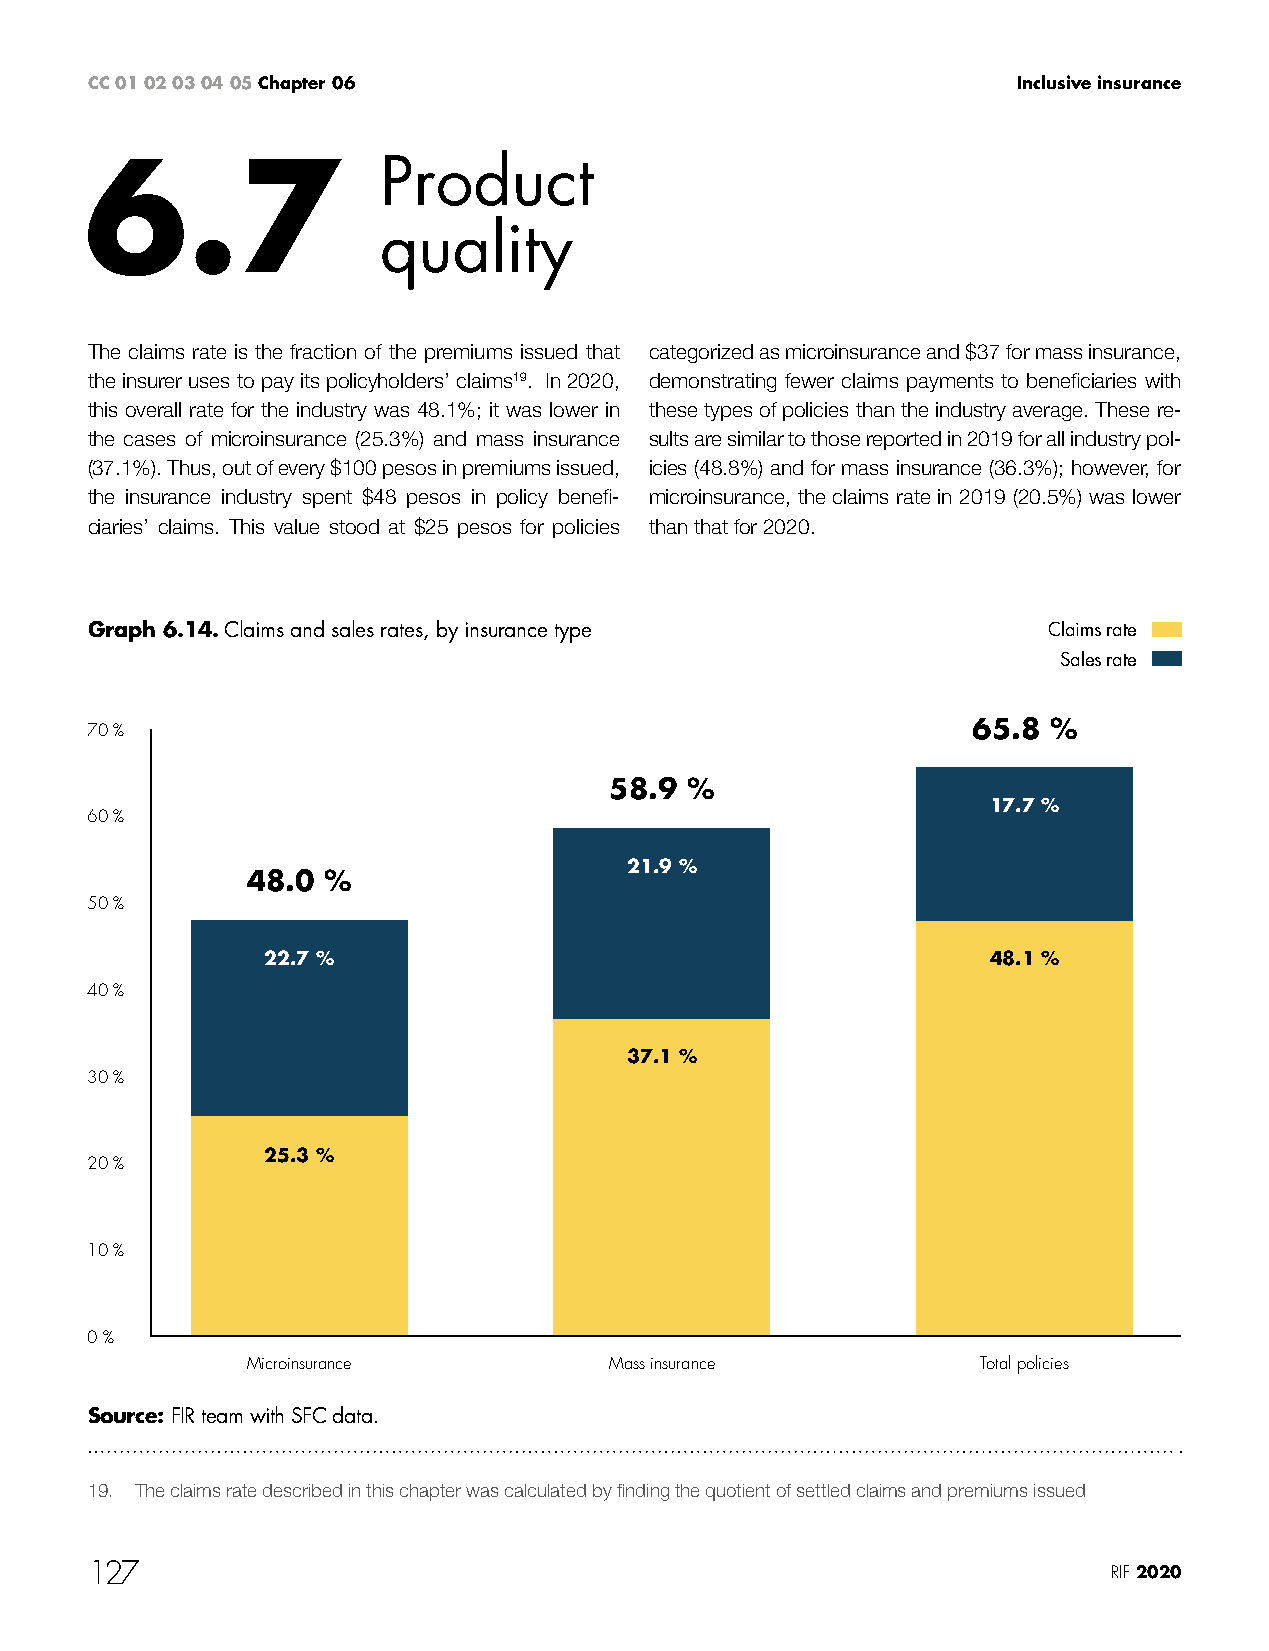
CC 01 02 03 04 05 Chapter 06                                 Inclusive insurance
 6.7                Product
 quality
 The claims rate is the fraction of the premiums issued that categorized as microinsurance and $37 for mass insurance,
 the insurer uses to pay its policyholders’ claims19. In 2020, demonstrating fewer claims payments to beneficiaries with
 this overall rate for the industry was 48.1%; it was lower in these types of policies than the industry average. These re-
 the cases of microinsurance (25.3%) and mass insurance sults are similar to those reported in 2019 for all industry pol-
 (37.1%). Thus, out of every $100 pesos in premiums issued, icies (48.8%) and for mass insurance (36.3%); however, for
 the insurance industry spent $48 pesos in policy benefi- microinsurance, the claims rate in 2019 (20.5%) was lower
 ciaries’ claims. This value stood at $25 pesos for policies than that for 2020.
 Graph 6.14. Claims and sales rates, by insurance type          Claims rate
 Sales rate
 70 %                                                      65.8 %
 58.9 %
 17.7 %
 60 %
 21.9 %
 48.0 %
 50 %
 22.7 %                                           48.1 %
 40 %
 37.1 %
 30 %
 25.3 %
 20 %
 10 %
 0 %
 Microinsurance          Mass insurance           Total policies
 Source: FIR team with SFC data.
 19. The claims rate described in this chapter was calculated by finding the quotient of settled claims and premiums issued
 127                                                                 RIF 2020